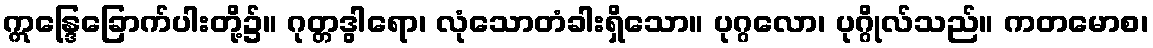
ဣန္ဒြေခြောက်ပါးတို့၌။ ဂုတ္တဒွါရော၊ လုံသောတံခါးရှိသော။ ပုဂ္ဂလော၊ ပုဂ္ဂိုလ်သည်။ ကတမောစ၊